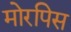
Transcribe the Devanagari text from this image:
मोरपिस